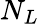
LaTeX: N_{L}